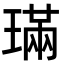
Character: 璊